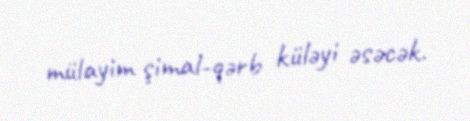
mülayim şimal-qərb küləyi əsəcək.